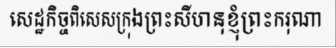
សេដ្ឋកិច្ចពិសេសក្រុងព្រះសីហនុខ្ញុំព្រះករុណា